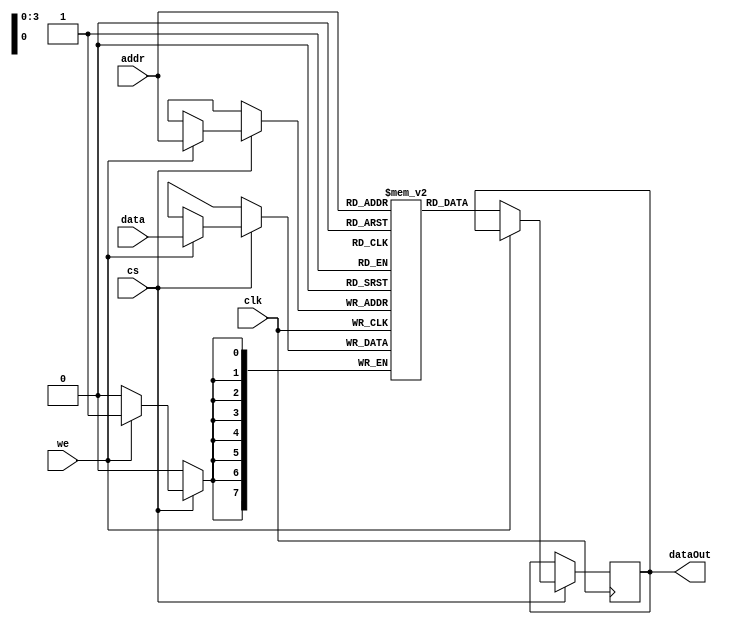
module ram_mod # (  
        parameter ADDRWIDTH = 4,
        parameter DATAWIDTH = 8 ,
        parameter SIZE = 16 
    )
    (      
        input clk ,
        input [ADDRWIDTH-1:0] addr ,
        input [DATAWIDTH-1:0] data ,
        input cs ,
        input we ,
        output reg [DATAWIDTH-1:0] dataOut
    );



reg [DATAWIDTH-1:0] mem [0:SIZE-1];
reg [DATAWIDTH-1:0] tempMem ; 

always @(posedge clk) begin
    if (cs) begin
    	if (we) 
    		mem[addr] <= data ;
	else
		dataOut = mem[addr];
    end
end

endmodule